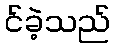
င်ခဲ့သည်